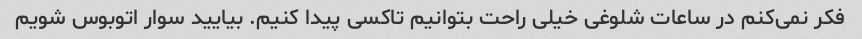
فکر نمی‌کنم در ساعات شلوغی خیلی راحت بتوانیم تاکسی پیدا کنیم. بیایید سوار اتوبوس شویم